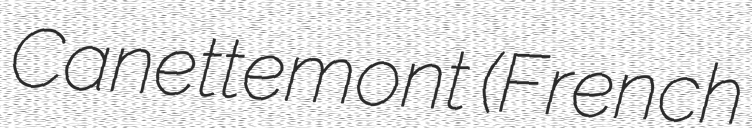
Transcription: Canettemont (French